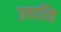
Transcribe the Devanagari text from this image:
उत्पत्‍ति